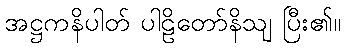
အဋ္ဌကနိပါတ် ပါဠိတော်နိသျ ပြီး၏။